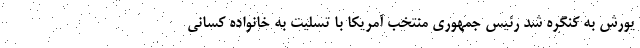
یورش به کنگره شد رئیس جمهوری منتخب آمریکا با تسلیت به خانواده کسانی